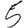
Digit: 5